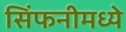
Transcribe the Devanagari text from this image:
सिंफनीमध्ये